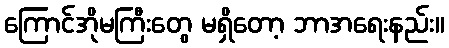
ကြောင်အိုမကြီးတွေ မရှိတော့ ဘာအရေးနည်း။